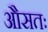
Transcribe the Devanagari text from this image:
औसतः